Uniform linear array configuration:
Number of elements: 12
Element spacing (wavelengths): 0.5
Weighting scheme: hann
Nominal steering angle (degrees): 60
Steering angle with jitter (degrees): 61.845
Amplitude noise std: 0.05
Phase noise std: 0.05

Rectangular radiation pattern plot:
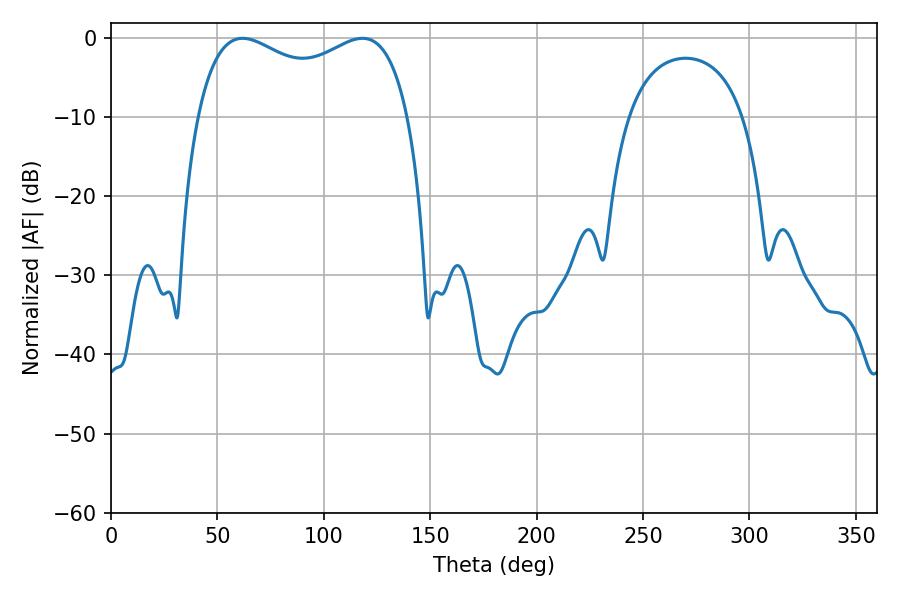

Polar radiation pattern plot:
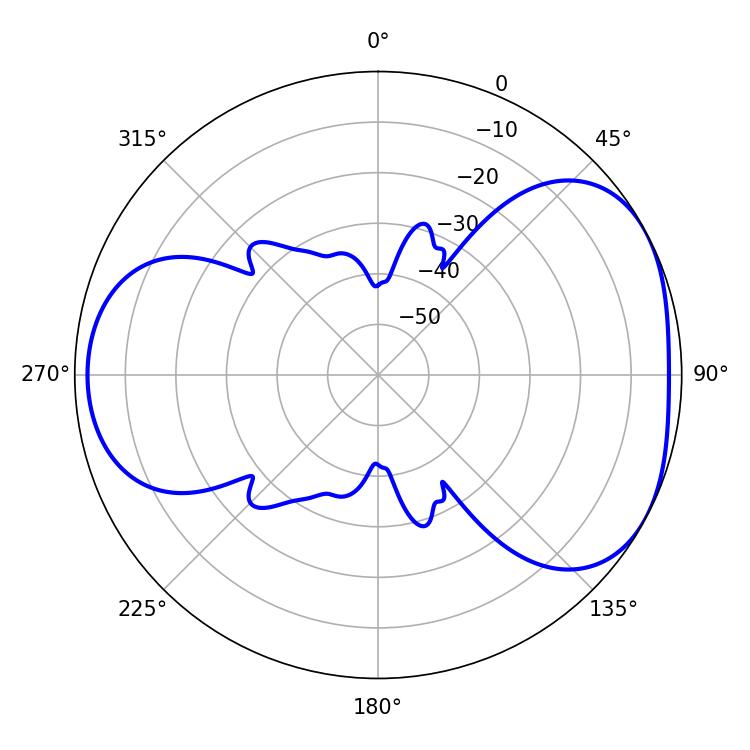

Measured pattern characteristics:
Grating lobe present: FALSE
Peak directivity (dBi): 4.442
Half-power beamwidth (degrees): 82.44
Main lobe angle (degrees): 61.92